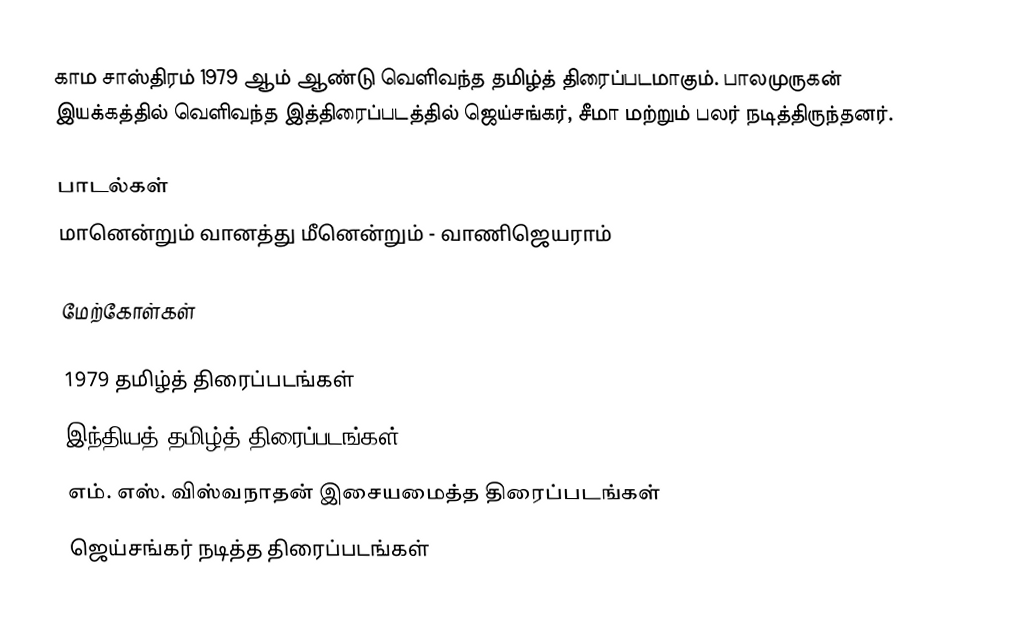
காம சாஸ்திரம் 1979 ஆம் ஆண்டு வெளிவந்த தமிழ்த் திரைப்படமாகும். பாலமுருகன் இயக்கத்தில் வெளிவந்த இத்திரைப்படத்தில் ஜெய்சங்கர், சீமா மற்றும் பலர் நடித்திருந்தனர்.

பாடல்கள்
 மானென்றும் வானத்து மீனென்றும் - வாணிஜெயராம்

மேற்கோள்கள்

1979 தமிழ்த் திரைப்படங்கள்
இந்தியத் தமிழ்த் திரைப்படங்கள்
எம். எஸ். விஸ்வநாதன் இசையமைத்த திரைப்படங்கள்
ஜெய்சங்கர் நடித்த திரைப்படங்கள்